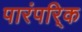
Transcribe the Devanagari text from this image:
पारंपरि्क